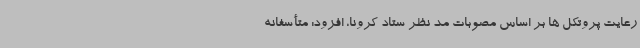
رعایت پروتکل ها بر اساس مصوبات مد نظر ستاد کرونا، افزود: متأسفانه